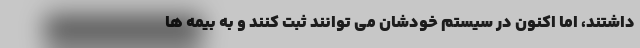
داشتند، اما اکنون در سیستم خودشان می توانند ثبت کنند و به بیمه ها